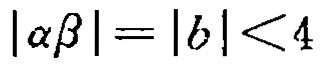
\(|\alpha\beta| = |b| < 4\)